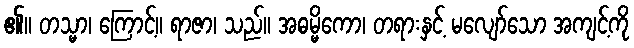
၏။ တသ္မာ၊ ကြောင့်။ ရာဇာ၊ သည်။ အဓမ္မိကော၊ တရားနှင့် မလျော်သော အကျင့်ကို